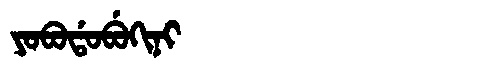
Manchu: ᠶᠣᠪᠣᡩᠣᠪᡠᡴᡳᠨᡳ
Romanization: YOBODOBUKINI